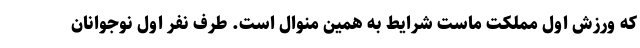
که ورزش اول مملکت ماست شرایط به همین منوال است. طرف نفر اول نوجوانان